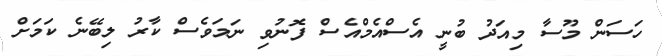
ހަސަން މޫސާ މިއަދު ބުނީ އެސްއެމްއެސް ފޮނުވި ނަމަވެސް ކާރު ލިބޭނެ ކަމަށް